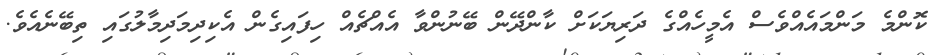
ކޮންމެ މަންމައެއްވެސް އެމީހެއްގެ ދަރިޔަކަށް ކާންދޭން ބޭނުންވާ އެއްޗެއް ހިފައިގެން އެކިދިމަދިމާލުގައި ތިބޭނެއެވެ.